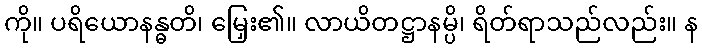
ကို။ ပရိယောနန္ဓတိ၊ မြှေး၏။ လာယိတဋ္ဌာနမ္ပိ၊ ရိတ်ရာသည်လည်း။ န